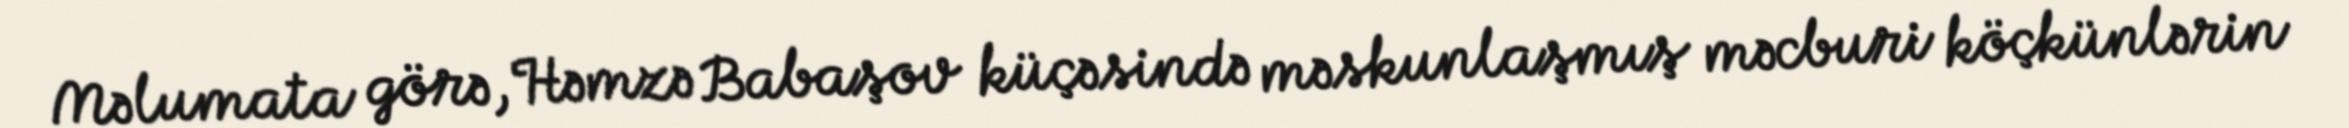
Məlumata görə, Həmzə Babaşov küçəsində məskunlaşmış məcburi köçkünlərin